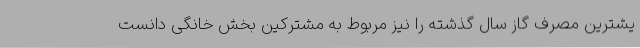
یشترین مصرف گاز سال گذشته را نیز مربوط به مشترکین بخش خانگی دانست